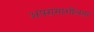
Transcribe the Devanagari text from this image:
अपरामाशीलता